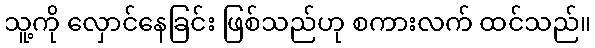
သူ့ကို လှောင်နေခြင်း ဖြစ်သည်ဟု စကားလက် ထင်သည်။